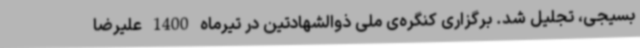
بسیجی، تجلیل شد. برگزاری کنگره‌ی ملی ذوالشهادتین در تیرماه 1400 علیرضا